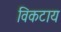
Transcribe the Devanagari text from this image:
विकटाय